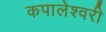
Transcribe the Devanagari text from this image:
कपालेश्वरी